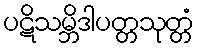
ပဋိသမ္ဘိဒါပတ္တသုတ္တံ